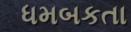
ધમબકતા